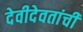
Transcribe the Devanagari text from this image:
देवीदेवतांची